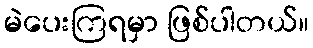
မဲပေးကြရမှာ ဖြစ်ပါတယ်။